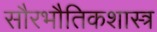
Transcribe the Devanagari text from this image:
सौरभौतिकशास्त्र